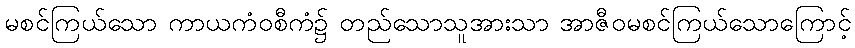
မစင်ကြယ်သော ကာယကံဝစီကံ၌ တည်သောသူအားသာ အာဇီဝမစင်ကြယ်သောကြောင့်